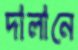
দালানে